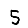
Digit: 5